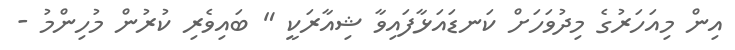
އިން މިއަހަރުގެ މިދުވަހަށް ކަނޑައަޅާފައިވާ ޝިއާރަކީ " ބައިވެރި ކުރުން މުހިންމު -